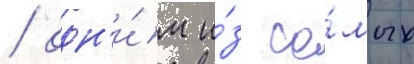
/ одн'и́м и́з са́мых